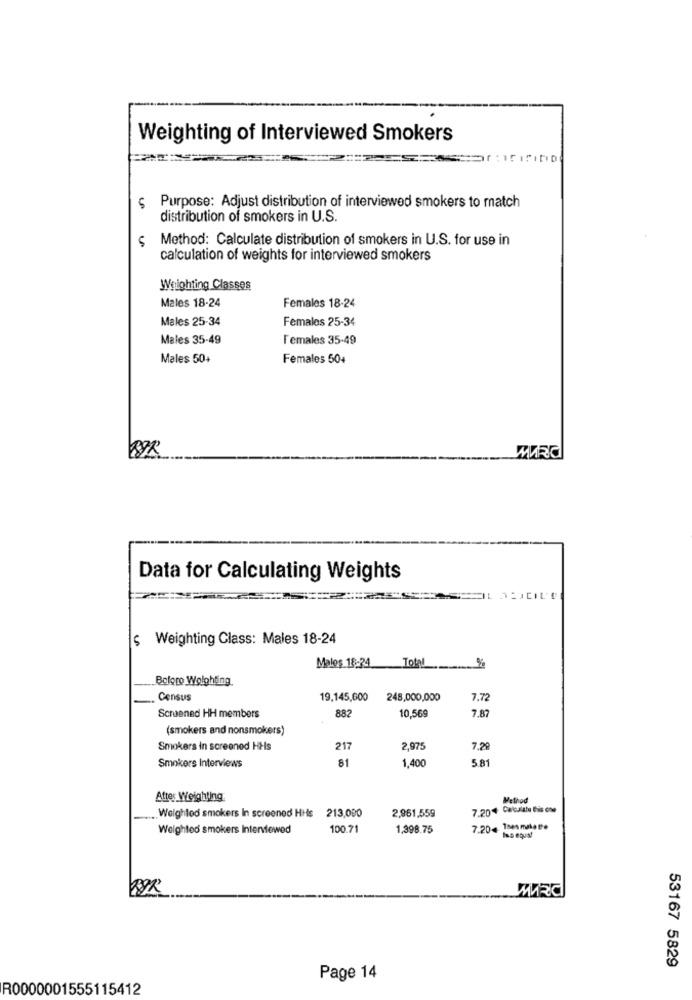
Weighting of Interviewed Smokers
Purpose: Adjust distribution of interviewed smokers to match
L
distribution of smokers in U.S.
5
Method: Calculate distribution of smokers in U.S. for use in
calculation of weights for interviewed smokers
Weighting Classes
Males 18-24
Females 18-24
Males 25-34
Females 25-34
Males 35-49
Females 35-49
Males 50+
Females 50+
Data for Calculating Weights
$ Weighting Class: Males 18-24
Males 18:24
Bolgro Wolghting.
Census
19,145,600
248,000,000
7.72
7.87
Screened HH members
882
10,569
(smokers and nonsmokers)
Smokers in screened HHs
217
2,975
7.28
81
1,400
5.81
Smokers Interviews
After Weighting
Method
7.20+ Cabalato Bis one
Weighted smokers In screened HHs 213,090
2,961,559
Weighted smokers Interviewed
100.71
1,398.75
7.204 Toemileto
Iap equal
53167 5829
Page 14
R0000001555115412